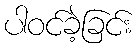
ပါဝင်ခဲ့ခြင်း